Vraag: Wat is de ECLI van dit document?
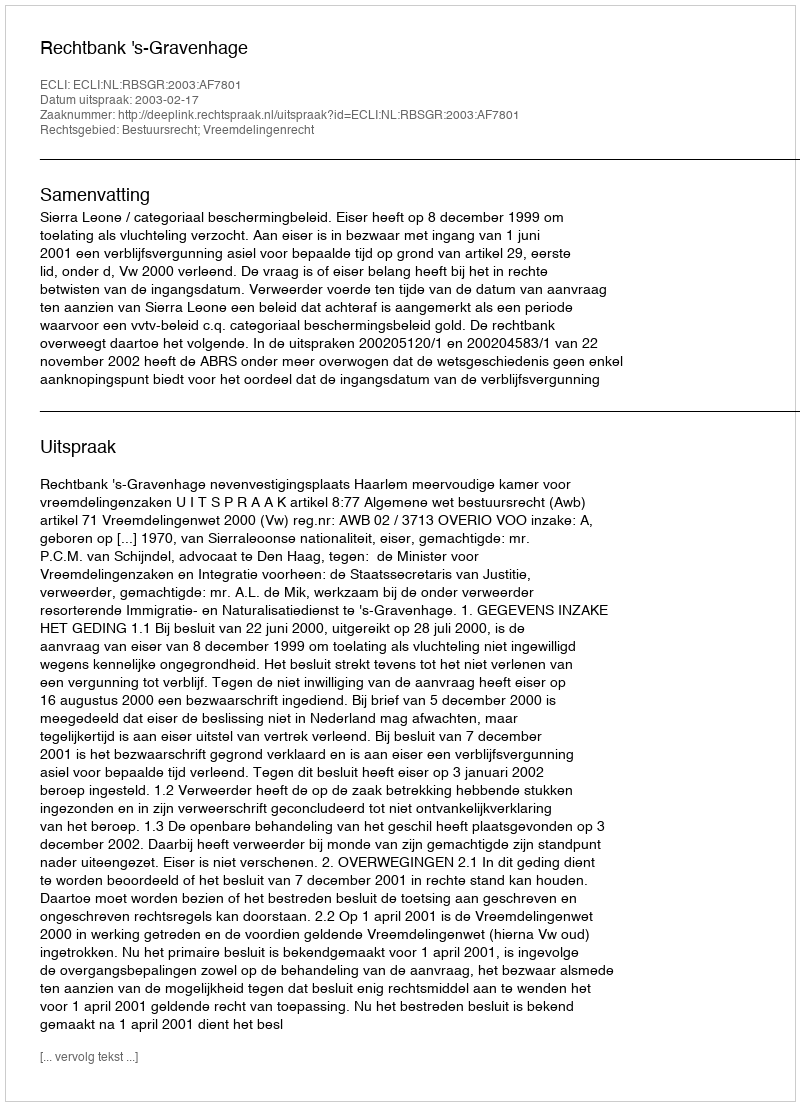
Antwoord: ECLI:NL:RBSGR:2003:AF7801